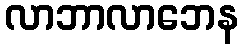
လာဘာလာဘေန